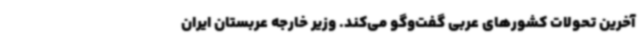
آخرین تحولات کشورهای عربی گفت‌وگو می‌کند. وزیر خارجه عربستان ایران